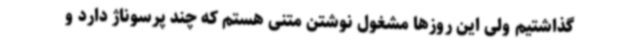
گذاشتیم ولی این روزها مشغول نوشتن متنی هستم که چند پرسوناژ دارد و